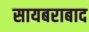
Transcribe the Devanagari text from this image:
सायबराबाद